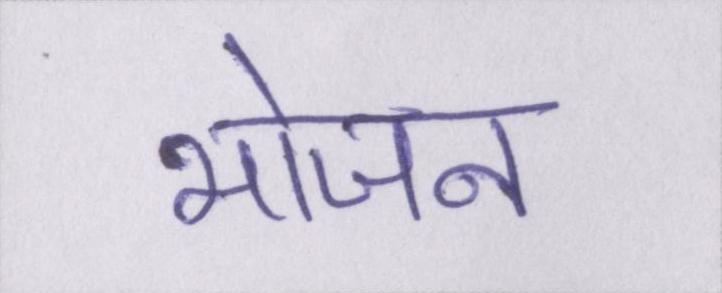
भोजन